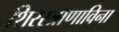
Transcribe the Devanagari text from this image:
शिरस्त्राणाविना